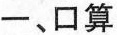
一、口算